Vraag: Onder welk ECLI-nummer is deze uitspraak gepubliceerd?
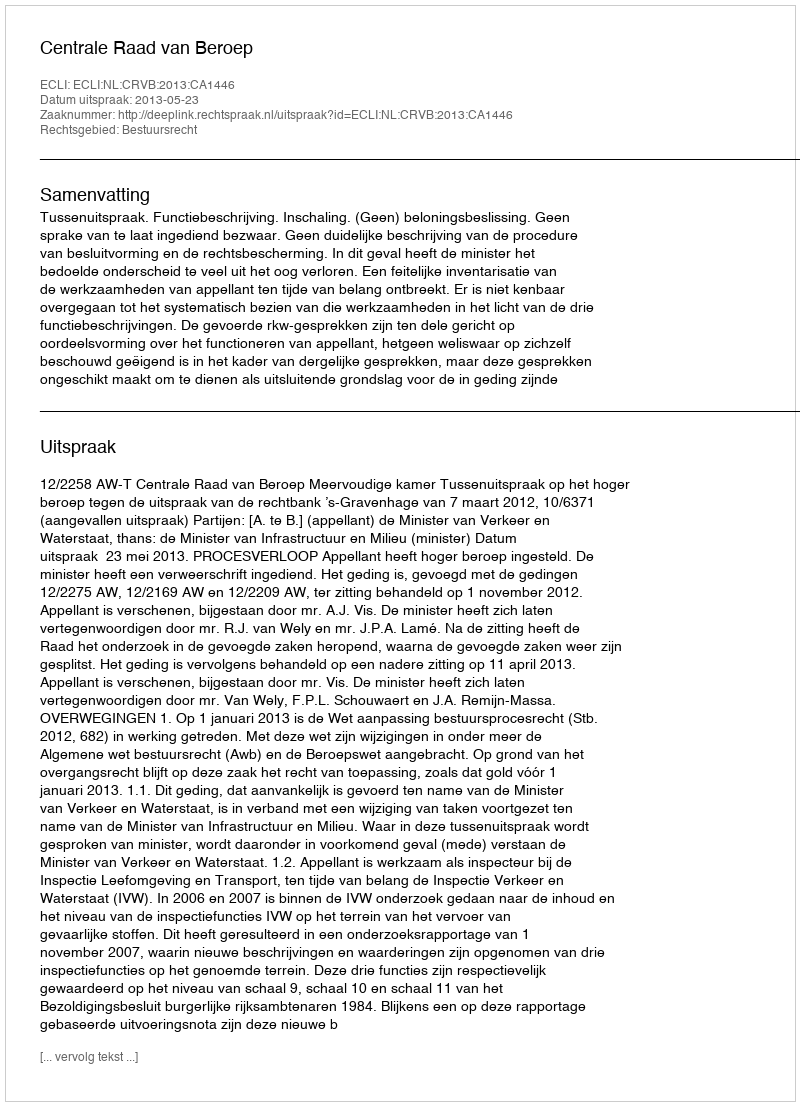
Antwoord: ECLI:NL:CRVB:2013:CA1446